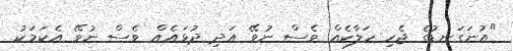
"އުނަގަނޑުގެ ޖެހި ހަލާކެއް ވެސް ނުވޭ އަދި ދުޅައެއް ވެސް ނުވޭ އެކަމަކު